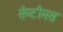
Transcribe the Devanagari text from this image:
सेप्टीमस